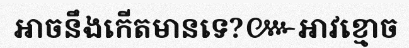
អាចនឹងកើតមានទេ?៚អាវខ្មោច